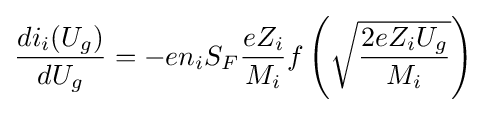
{\frac {di_{i}(U_{g})}{dU_{g}}}=-en_{i}S_{F}{\frac {eZ_{i}}{M_{i}}}f\left({\sqrt {\frac {2eZ_{i}U_{g}}{M_{i}}}}\right)